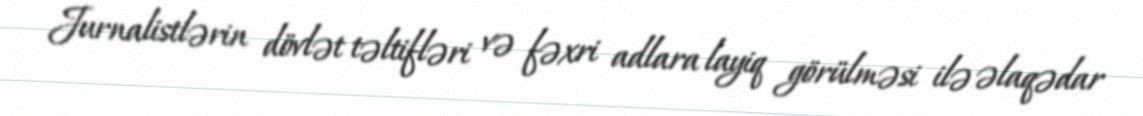
Jurnalistlərin dövlət təltifləri və fəxri adlara layiq görülməsi ilə əlaqədar